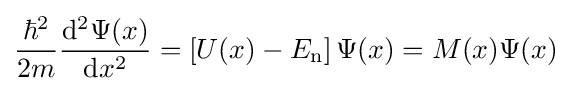
{\frac {\hbar ^{2}}{2m}}{\frac {\mathrm {d} ^{2}\Psi (x)}{\mathrm {d} x^{2}}}=\left[U(x)-E_{\mathrm {n} }\right]\Psi (x)=M(x)\Psi (x)